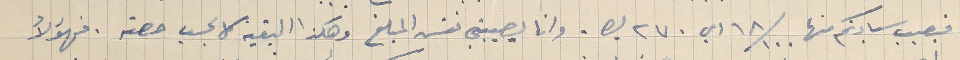
فيصيب سيادتكم منها ١٨/١٠٠ اي ٢٧٠ ليره. وانا يصيبني نفس المبلغ وهكذا البقية كل بحسب حصته. فهؤلأ